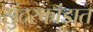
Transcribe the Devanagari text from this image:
सुंदरकांडात